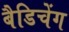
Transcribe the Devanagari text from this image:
बैडिचेंग